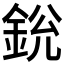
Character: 𨦣